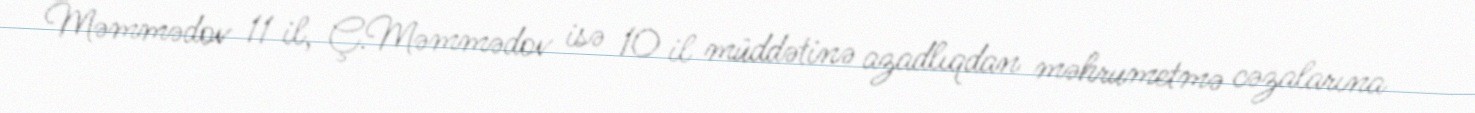
Məmmədov 11 il, Ç.Məmmədov isə 10 il müddətinə azadlıqdan məhrumetmə cəzalarına